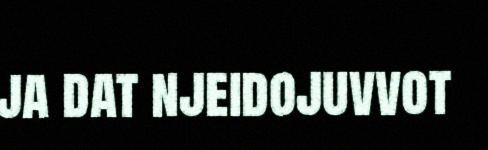
ja dat njeidojuvvot